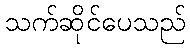
သက်ဆိုင်ပေသည်